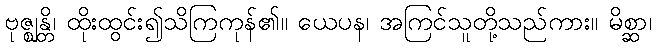
ဗုဇ္ဈန္တိ၊ ထိုးထွင်း၍သိကြကုန်၏။ ယေပန၊ အကြင်သူတို့သည်ကား။ မိစ္ဆာ၊